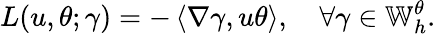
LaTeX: L(u,\theta;\gamma)=-\left\langle\nabla\gamma,u\theta\right\rangle,\quad\forall\gamma\in\mathbb{W}_{h}^{\theta}.